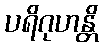
ပရိဂုဟန္တိ